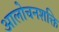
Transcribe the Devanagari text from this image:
आलोचनशक्ति